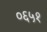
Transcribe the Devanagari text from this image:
०६५१